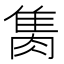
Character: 𨿇